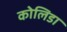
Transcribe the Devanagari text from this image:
कोलिडा